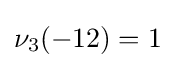
\nu _{3}(-12)=1